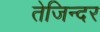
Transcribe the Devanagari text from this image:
तेजिन्दर